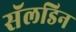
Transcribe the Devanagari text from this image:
सॅलडिन